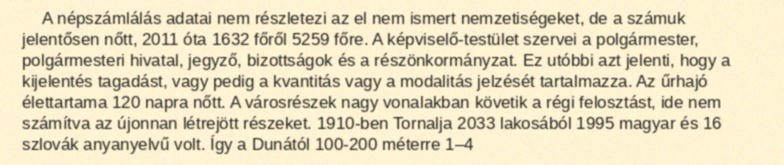
A népszámlálás adatai nem részletezi az el nem ismert nemzetiségeket, de a számuk jelentősen nőtt, 2011 óta 1632 főről 5259 főre. A képviselő-testület szervei a polgármester, polgármesteri hivatal, jegyző, bizottságok és a részönkormányzat. Ez utóbbi azt jelenti, hogy a kijelentés tagadást, vagy pedig a kvantitás vagy a modalitás jelzését tartalmazza. Az űrhajó élettartama 120 napra nőtt. A városrészek nagy vonalakban követik a régi felosztást, ide nem számítva az újonnan létrejött részeket. 1910-ben Tornalja 2033 lakosából 1995 magyar és 16 szlovák anyanyelvű volt. Így a Dunától 100-200 méterre 1–4